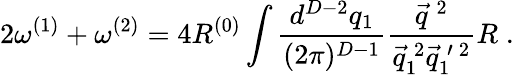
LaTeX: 2\omega^{(1)}+\omega^{(2)}=4R^{(0)}\int\frac{d^{D-2}q_{1}}{(2\pi)^{D-1}}\frac{\vec{q}^{\: 2}}{\vec{q}_{1}^{\: 2}\vec{q}_{1}^{\: \prime\: 2}}R\; .